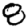
Digit: 8